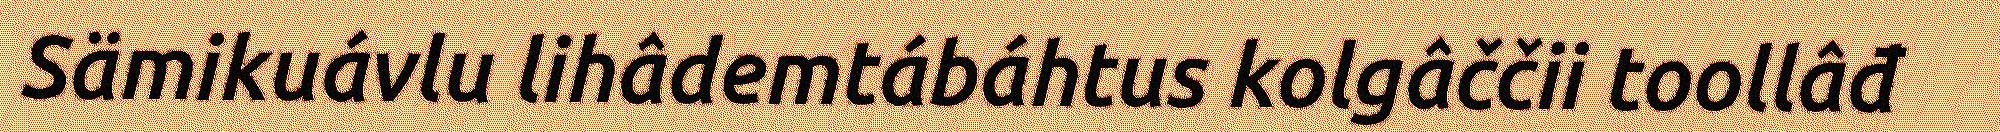
Sämikuávlu lihâdemtábáhtus kolgâččii toollâđ